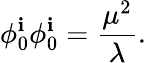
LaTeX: \phi_{0}^{\mathbf{i}}\phi_{0}^{\mathbf{i}}={\frac{{\mu^{2}}}{{\lambda}}}.